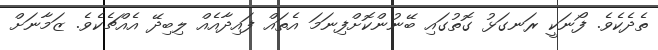
ތެދެކެވެ. ފޯނަކީ ރަނގަޅު ގޮތުގައި ބޭނުންކޮށްފިނަމަ އެތައް ފައިދާއެއް ލިބިދޭ އެއްޗެކެވެ. ޒަމާނަށް